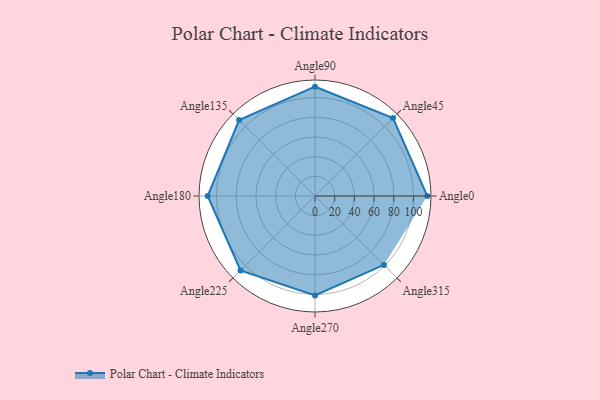
{"axis": {"x": "Angle", "y": "Radius"}, "legend": [""], "data": [{"x": "Angle0", "y": 114.0, "type": ""}, {"x": "Angle45", "y": 112.0, "type": ""}, {"x": "Angle90", "y": 111.0, "type": ""}, {"x": "Angle135", "y": 109.0, "type": ""}, {"x": "Angle180", "y": 109.0, "type": ""}, {"x": "Angle225", "y": 107.0, "type": ""}, {"x": "Angle270", "y": 101.0, "type": ""}, {"x": "Angle315", "y": 99.0, "type": ""}]}